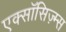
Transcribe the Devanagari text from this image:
एक्सॉसिज़्म्स